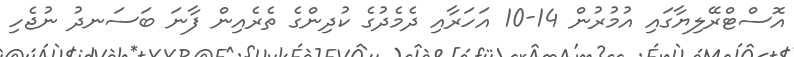
އޮސްޓްރޭލިޔާގައި އުމުރުން 14-10 އަހަރާއި ދެމެދުގެ ކުދިންގެ ތެރެއިން ފާނަ ބަސަނދު ނުޖެހި